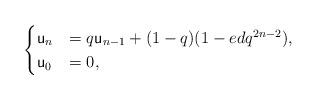
LaTeX: \begin{align*}\begin{cases} \mathsf u_n&=q \mathsf u_{n-1}+ (1-q)(1-ed q^{2n-2}),\\ \mathsf u_0&=0, \end{cases}\end{align*}